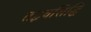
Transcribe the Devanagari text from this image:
तद्भवसिद्धि